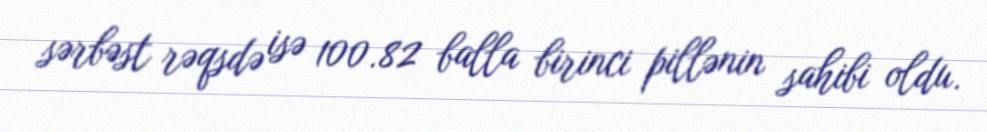
sərbəst rəqsdə isə 100.82 balla birinci pillənin sahibi oldu.